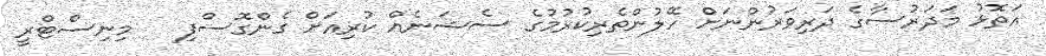
އަތޮޅު މަދަރުސާގެ ދަރިވަރުންނަށް ހޭލުންތެރިކުރުމުގެ ސެޝަނެއް ކުރިއަށް ގެންގޮސްފި   މިނިސްޓްރީ